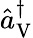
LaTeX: \hat{a}_{\mathrm{V}}^{\dagger}